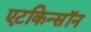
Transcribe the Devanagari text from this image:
एटकिन्सॉन